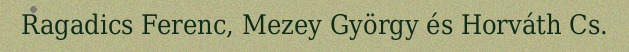
Ragadics Ferenc, Mezey György és Horváth Cs.